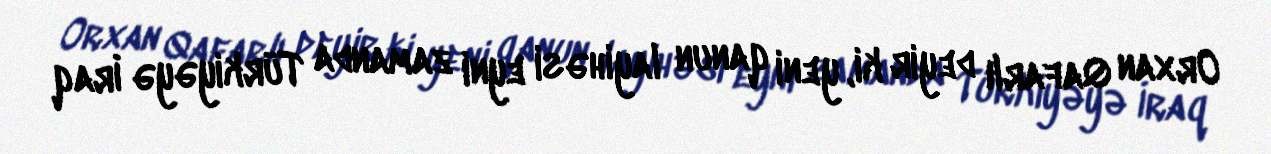
Orxan Qafarlı deyir ki, yeni qanun layihəsi eyni zamanda Türkiyəyə İraq